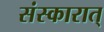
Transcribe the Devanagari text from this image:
संस्कारात्‌